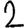
Digit: 2